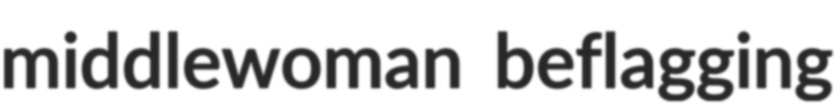
middlewoman beflagging